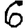
Digit: 6